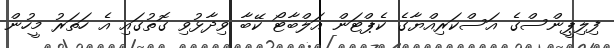
ފިލިޕީންސްގެ އަސްކަރިއްޔާގެ ކެޕްޓަން އަލްބާޓޯ ކޭބާ ވިދާޅުވި ގޮތުގައި އެ ހަތަރު މީހުން